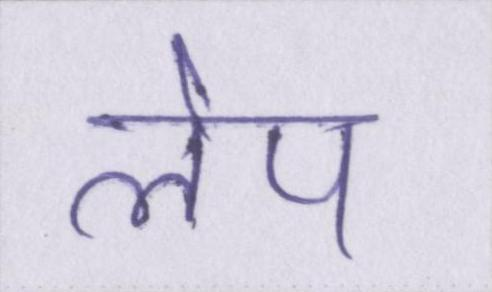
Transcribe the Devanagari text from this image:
लेप